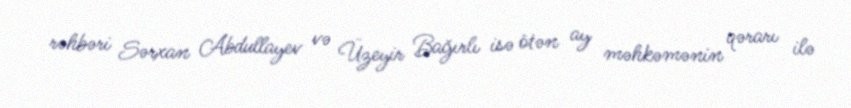
rəhbəri Sərxan Abdullayev və Üzeyir Bağırlı isə ötən ay məhkəmənin qərarı ilə